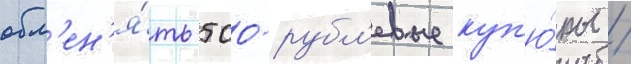
обм'ен'я́ть 500-рубл'евые куп'ю́ры /